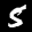
Label: 5